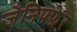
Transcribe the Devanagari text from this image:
जेनिफ्फेर